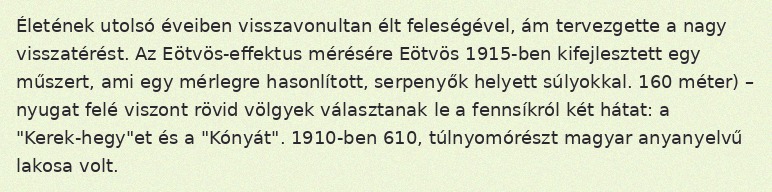
Életének utolsó éveiben visszavonultan élt feleségével, ám tervezgette a nagy visszatérést. Az Eötvös-effektus mérésére Eötvös 1915-ben kifejlesztett egy műszert, ami egy mérlegre hasonlított, serpenyők helyett súlyokkal. 160 méter) – nyugat felé viszont rövid völgyek választanak le a fennsíkról két hátat: a "Kerek-hegy"et és a "Kónyát". 1910-ben 610, túlnyomórészt magyar anyanyelvű lakosa volt.